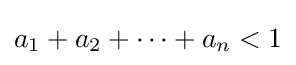
a_{1}+a_{2}+\dotsb +a_{n}<1